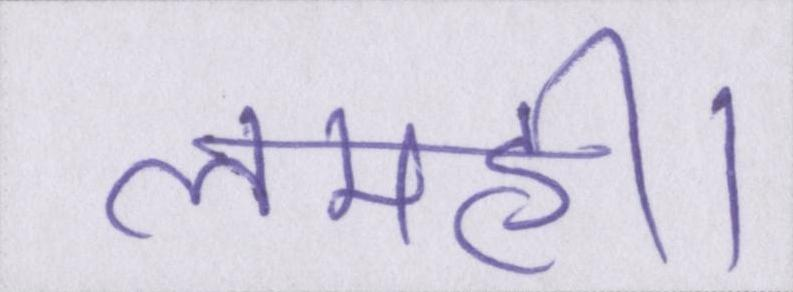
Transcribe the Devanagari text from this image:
लमही।